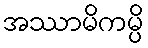
အဿာမိကမ္ပိ